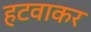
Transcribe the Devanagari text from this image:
हटवाकर